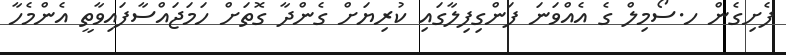
ފެށިގެން ހ.ސޯމިލް ގެ އެއްވަނަ ފަންގިފިލާގައި ކުރިޔަށް ގެންދާ ގޮތަށް ހަމަޖައްސާފައިވާތީ އެންމެހާ